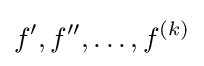
f',f'',\dots ,f^{(k)}